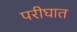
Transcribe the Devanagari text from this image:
परीघात